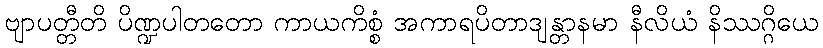
ဗျာပတ္တီတိ ပိဏ္ဍပါတတော ကာယကိစ္စံ အကာရပိတာဒျန္တာနမာ နီလိယံ နိဿဂ္ဂိယေ